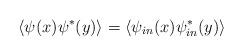
LaTeX: \begin{align*}\left\langle \psi (x)\psi ^{\ast }(y)\right\rangle =\left\langle \psi_{in}(x)\psi _{in}^{\ast }(y)\right\rangle\end{align*}